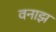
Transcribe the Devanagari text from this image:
वनाझ